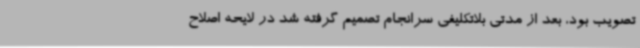
تصویب بود، بعد از مدتی بلاتکلیفی سرانجام تصمیم گرفته شد در لایحه اصلاح